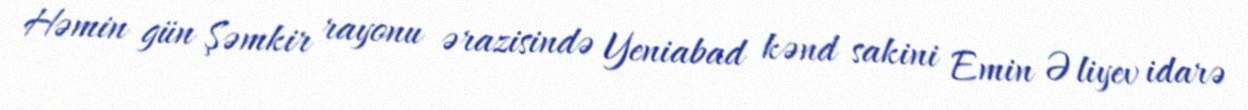
Həmin gün Şəmkir rayonu ərazisində Yeniabad kənd sakini Emin Əliyev idarə